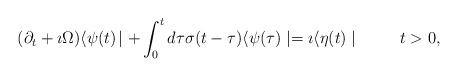
LaTeX: \begin{align*}(\partial _t +\imath\Omega )\langle\psi(t)\!\mid +\int_0^t d\tau\sigma(t-\tau )\langle\psi(\tau )\mid =\imath\langle\eta(t)\mid\hskip 1cm t>0,\end{align*}